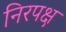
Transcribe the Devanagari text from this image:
निरपक्ष